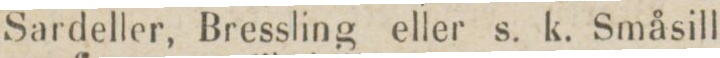
Sardeller, Bressling eller s. k. Småsill